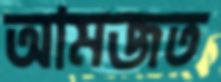
আমজত